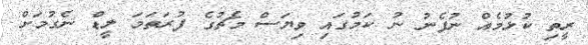
ރީތި ކުޅުމެއް ނުފެނު ނު ކަމުގައި ވިޔަސް މެޗުގެ ފުރަތަމަ ލީޑް ނެގުމަށް